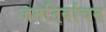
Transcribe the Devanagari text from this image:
जननिर्वाचन